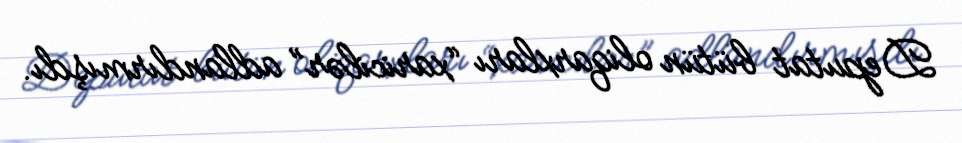
Deputat bütün oliqarxları “xaricilər” adlandırmışdı.